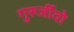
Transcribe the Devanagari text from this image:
गुरुर्जीवो